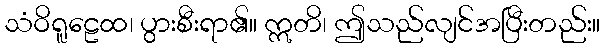
သံဝိရူဠေထ၊ ပွားစီးရာ၏။ ဣတိ၊ ဤသည်လျင်အပြီးတည်း။